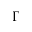
\Gamma